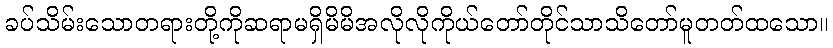
ခပ်သိမ်းသောတရားတို့ကိုဆရာမရှိမိမိအလိုလိုကိုယ်တော်တိုင်သာသိတော်မူတတ်ထသော။